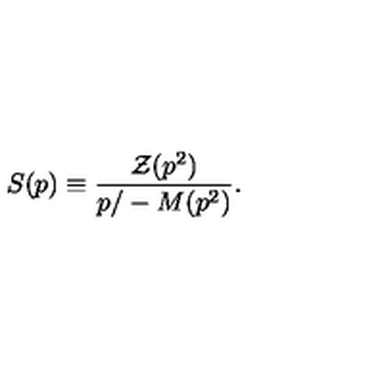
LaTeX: S ( p ) \equiv { \frac { { \cal Z } ( p ^ { 2 } ) } { { p / } - M ( p ^ { 2 } ) } } .